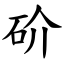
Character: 砎